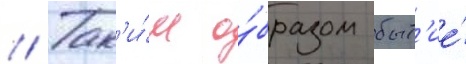
// Так'и́м о́бразом быт'ие́